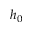
h _ { 0 }